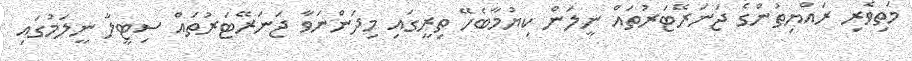
މަތިވެރި ރައްޔިތުންގެ ޖަނަރޭޓަރުތައް ނީލަން ކިޔުމާބެހޭ ތިރީގައި މިދަންނަވާ ޖަނަރޭޓަރުތައް ސިޓީލާ ނީލަމުގައި